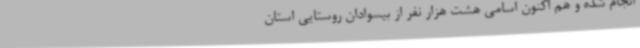
انجام شده و هم اکنون اسامی هشت هزار نفر از بیسوادان روستایی استان